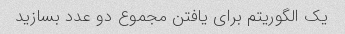
یک الگوریتم برای یافتن مجموع دو عدد بسازید